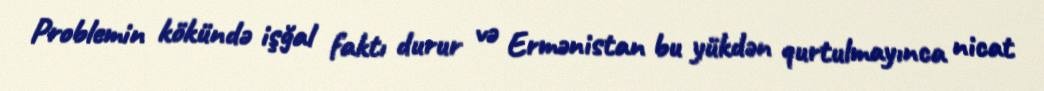
Problemin kökündə işğal faktı durur və Ermənistan bu yükdən qurtulmayınca nicat